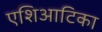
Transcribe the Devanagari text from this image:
एशिआटिका